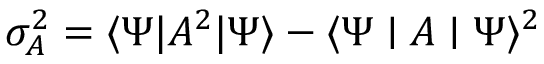
\sigma _ { A } ^ { 2 } = \langle \Psi | A ^ { 2 } | \Psi \rangle - \langle \Psi \mid A \mid \Psi \rangle ^ { 2 }